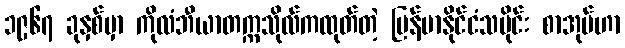
၁၉၆၇ ခုနှစ်မှာ ကိုလံဘီယာတက္ကသိုလ်ကထုတ်တဲ့ မြန်မာနိုင်ငံသမိုင်း စာအုပ်ဟာ